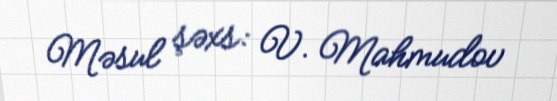
Məsul şəxs: V. Mahmudov